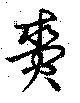
賚